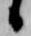
候